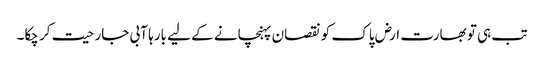
تب ہی تو بھارت ارض پاک کو نقصان پہنچانے کے لیے بارہا آبی جارحیت کر چکا۔